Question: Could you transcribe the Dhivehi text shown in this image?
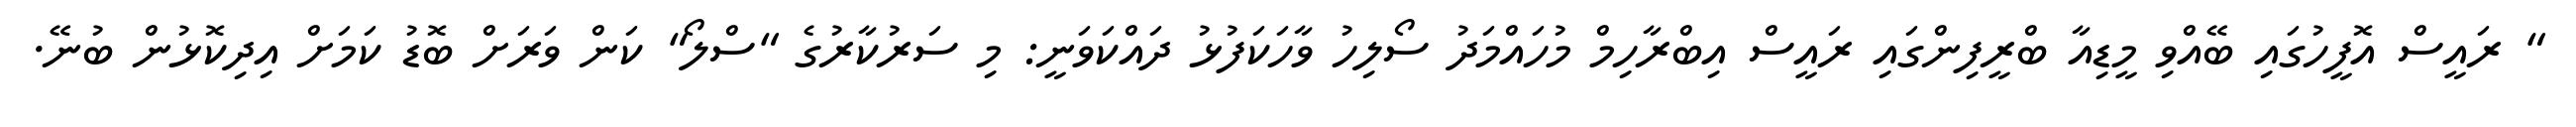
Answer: " ރައީސް އޮފީހުގައި ބޭއްވި މީޑިއާ ބްރީފިންގައި ރައީސް އިބްރާހިމް މުހައްމަދު ސޯލިހު ވާހަކަފުޅު ދައްކަވަނީ: މި ސަރުކާރުގެ "ސްލޯ" ކަން ވަރަށް ބޮޑު ކަމަށް އިދިކޮޅުން ބުނޭ.